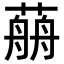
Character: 𦼎